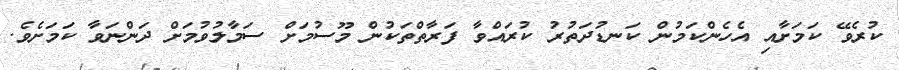
ކުރެވޭ ކަމަށާއި އެހެންކަމުން ކަނޑުދަތުރު ކުރައްވާ ފަރާތްތަކުން މޫސުމަށް ސަމާލުވުމަށް ދަންނަވާ ކަމަށެވެ.